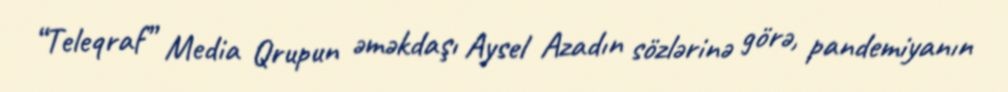
“Teleqraf” Media Qrupun əməkdaşı Aysel Azadın sözlərinə görə, pandemiyanın